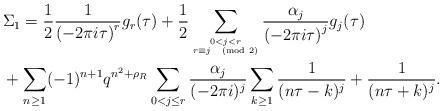
LaTeX: \begin{align*} & \Sigma_1 = \frac{1}{2}\frac{1}{\left(-2 \pi i \tau\right)^r}g_r(\tau) + \frac{1}{2}\sum_{0 <j <r \atop { r \equiv j \pmod{2}}}\frac{\alpha_j}{\left(-2 \pi i \tau\right)^j}g_j(\tau) \\ & + \sum_{n \geq 1} (-1)^{n+1}q^{n^2 + \rho_R} \sum_{ 0 < j \leq r} \frac{\alpha_j}{(-2 \pi i)^j}\sum_{k \geq 1} \frac{1}{(n \tau - k)^j} + \frac{1}{(n \tau + k)^j}.\end{align*}